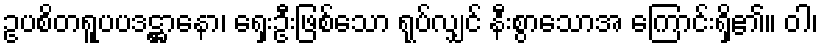
ဥပစိတရူပပဒဋ္ဌာနော၊ ရှေးဦးဖြစ်သော ရုပ်လျှင် နီးစွာသောအ ကြောင်းရှိ၏။ ဝါ၊